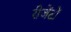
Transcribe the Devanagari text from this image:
रीजेंटों